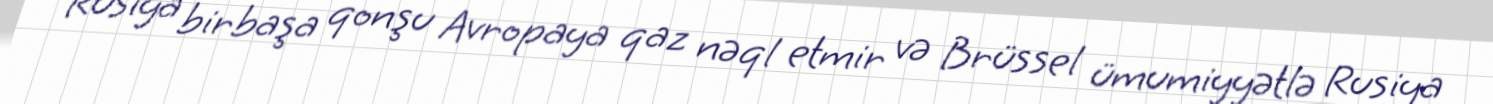
Rusiya birbaşa qonşu Avropaya qaz nəql etmir və Brüssel ümumiyyətlə Rusiya